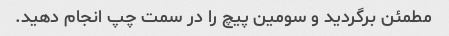
مطمئن برگردید و سومین پیچ را در سمت چپ انجام دهید.